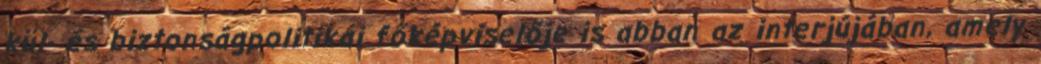
kül- és biztonságpolitikai főképviselője is abban az interjújában, amely